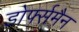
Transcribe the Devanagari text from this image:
डोर्फ्समैन